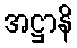
အဋ္ဌာနိ